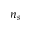
n _ { s }